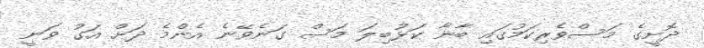
ދޮށީގެ މަސްވެރިކަމުގައި ބާނާ ކަޅުބިލަ މަސް ގަނެވޭނެ އެންމެ ދަށް އަގު ވަނީ